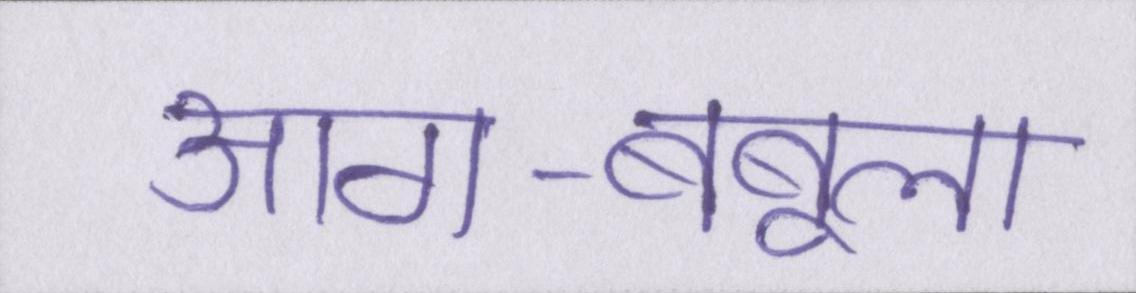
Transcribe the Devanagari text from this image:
आग-बबूला